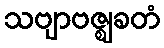
သဗျာဗဇ္ဈခတံ